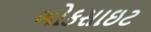
બોકસાઇટ